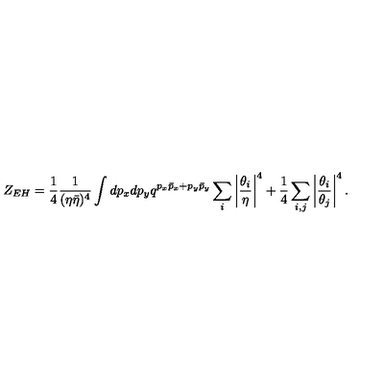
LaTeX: Z _ { E H } = { \frac { 1 } { 4 } } { \frac { 1 } { ( \eta \bar { \eta } ) ^ { 4 } } } \int d p _ { x } d p _ { y } q ^ { p _ { x } \bar { p } _ { x } + p _ { y } \bar { p } _ { y } } \sum _ { i } \left| { \frac { \theta _ { i } } { \eta } } \right| ^ { 4 } + { \frac { 1 } { 4 } } \sum _ { i , j } \left| { \frac { \theta _ { i } } { \theta _ { j } } } \right| ^ { 4 } .